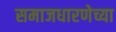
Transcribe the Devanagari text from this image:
समाजधारणेच्या